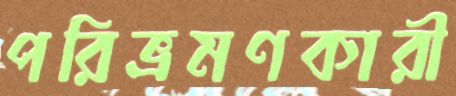
পরিভ্রমণকারী